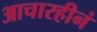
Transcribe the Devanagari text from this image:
आचारहीनं